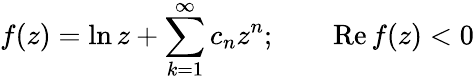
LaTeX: f(z)=\ln z+\sum_{k=1}^{\infty}c_{n}z^{n};\qquad\mathrm{Re}\, f(z)<0